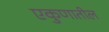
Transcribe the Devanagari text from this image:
एकुणातील